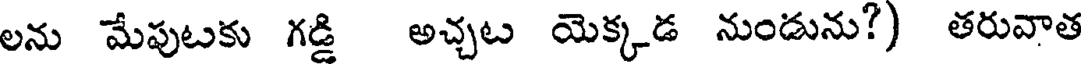
లను మేపుటకు గడ్డి అచ్చట యెక్కడ నుండును?) తరువాత